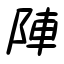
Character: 陣